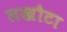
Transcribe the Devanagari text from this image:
लखौटा